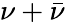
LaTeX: \nu+\bar{\nu}